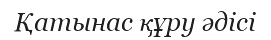
Қатынас құру әдісі